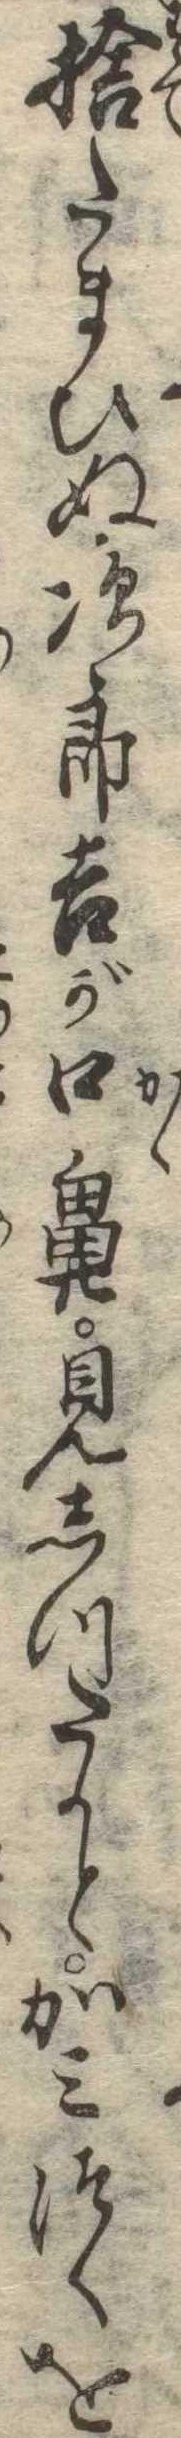
捨たまひぬ次郎吉が口鼻見しつたかとかみつくを